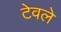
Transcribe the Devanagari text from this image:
टेवले